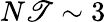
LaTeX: N\mathscr{T}\sim3